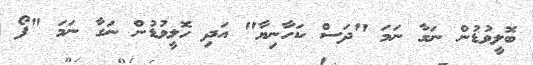
ބޮލީވުޑުން ނަގާ ނަމަ "ދަސް ކަހާނިޔާ" އަދި ހޮލީވުޑުން ނަގާ ނަމަ "ފޯ